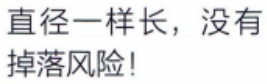
直径一样长，没有掉落风险！